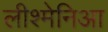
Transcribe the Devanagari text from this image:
लीश्मेनिआ